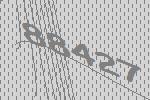
88427